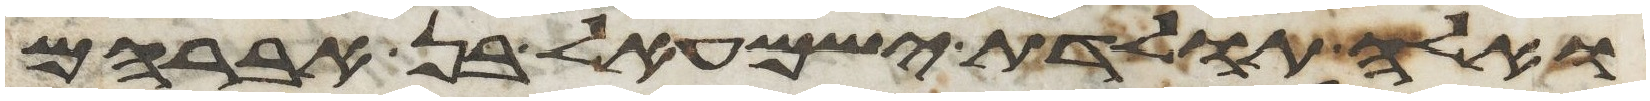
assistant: ואלה תולדת ישמעאל בן אברהם